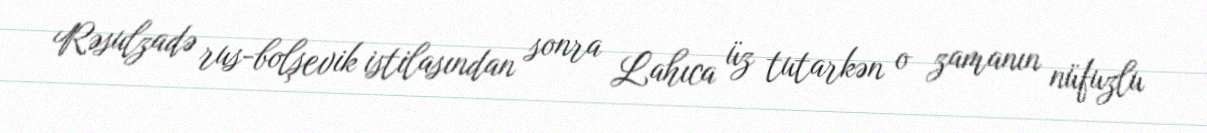
Rəsulzadə rus-bolşevik istilasından sonra Lahıca üz tutarkən o zamanın nüfuzlu